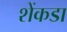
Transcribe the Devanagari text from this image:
शेंकडा